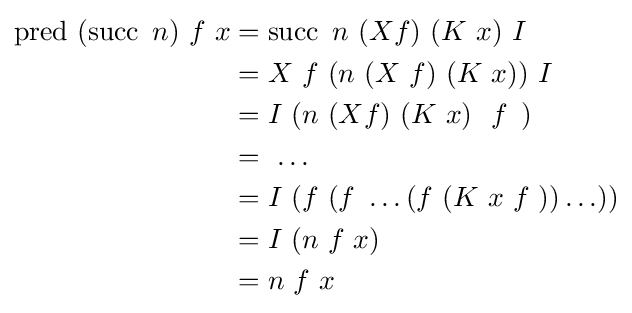
{\begin{aligned}\operatorname {pred} \ (\operatorname {succ} \ n)\ f\ x&=\operatorname {succ} \ n\ (Xf)\ (K\ x)\ I\\&=X\ f\ (n\ (X\ f)\ (K\ x))\ I\\&=I\ (n\ (Xf)\ (K\ x)\ \,\,f\,\,\,)\\&=\ \ldots \\&=I\ (f\ (f\ \ldots (f\ (K\ x\,\,f\,\,))\ldots ))\\&=I\ (n\ f\ x)\\&=n\ f\ x\ \end{aligned}}